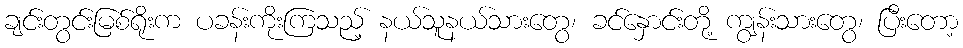
ချင်းတွင်းမြစ်ရိုးက ပခန်းကိုးကြသည့် နယ်သူနယ်သားတွေ၊ ခင်နှောင်းတို့ ကျွန်းသားတွေ၊ ပြီးတော့